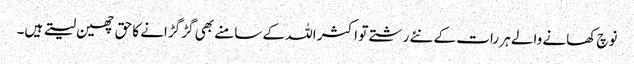
نوچ کھانے والے ہر رات کے نئے رشتے تو اکثر اللہ کے سامنے بھی گڑ گڑانے کا حق چھین لیتے ہیں۔